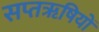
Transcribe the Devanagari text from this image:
सप्तॠषियों